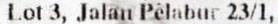
LOT 3, JALAN PELABUR 23/1,